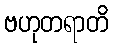
ဗဟုတရာတိ